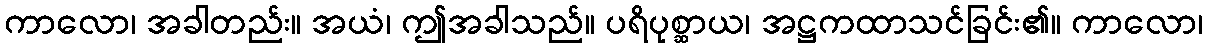
ကာလော၊ အခါတည်း။ အယံ၊ ဤအခါသည်။ ပရိပုစ္ဆာယ၊ အဋ္ဌကထာသင်ခြင်း၏။ ကာလော၊